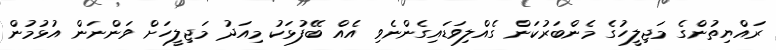
ރައްޔިތުންގެ މަޖިލީހުގެ މެންބަރުކަން ގެއްލިވަޑައިގެންނެވި އެއް ބޭފުޅަކު މިއަދު މަޖިލީހަށް ވަންނަން އުޅުމުން